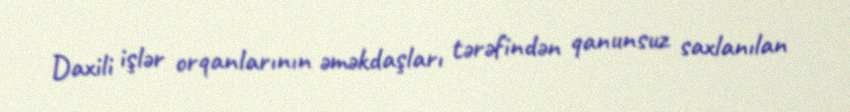
Daxili işlər orqanlarının əməkdaşları tərəfindən qanunsuz saxlanılan